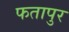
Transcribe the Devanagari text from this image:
फतापुर